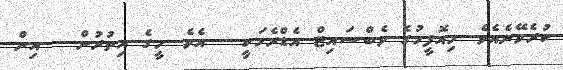
ކުރެވޭނެއެވެ. މިއޮފީހުގެ ވެބްސައިޓް އެޑްރެހަކީ .. އެވެ. މީގެ އިތުރުން .. އިން